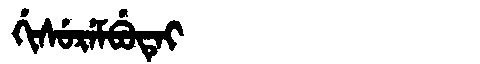
Manchu: ᡤᡳᠰᡠᡵᡝᠮᠪᡠᡨᡝᡳ
Romanization: GISUREMBUTEI